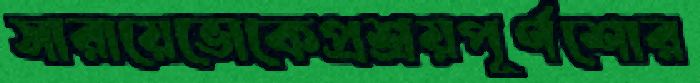
সারায়েভোকেপ্রশ্রয়পূর্ণশোর